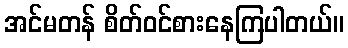
အင်မတန် စိတ်ဝင်စားနေကြပါတယ်။